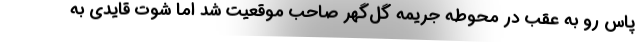
پاس رو به عقب در محوطه جریمه گل‌گهر صاحب موقعیت شد اما شوت قایدی به